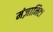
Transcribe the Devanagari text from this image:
मंज़ानिटा